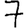
Digit: 7